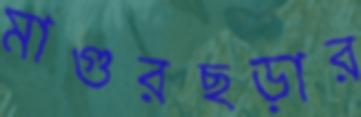
মাগুরছড়ার